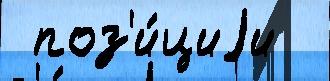
 поз'и́циjи